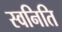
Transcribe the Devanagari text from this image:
स्वनिति